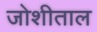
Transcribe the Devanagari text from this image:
जोशीताल